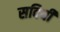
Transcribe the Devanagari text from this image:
सदियीं